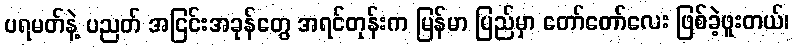
ပရမတ်နဲ့ ပညတ် အငြင်းအခုန်တွေ အရင်တုန်းက မြန်မာ ပြည်မှာ တော်တော်လေး ဖြစ်ခဲ့ဖူးတယ်၊